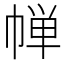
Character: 𪩷